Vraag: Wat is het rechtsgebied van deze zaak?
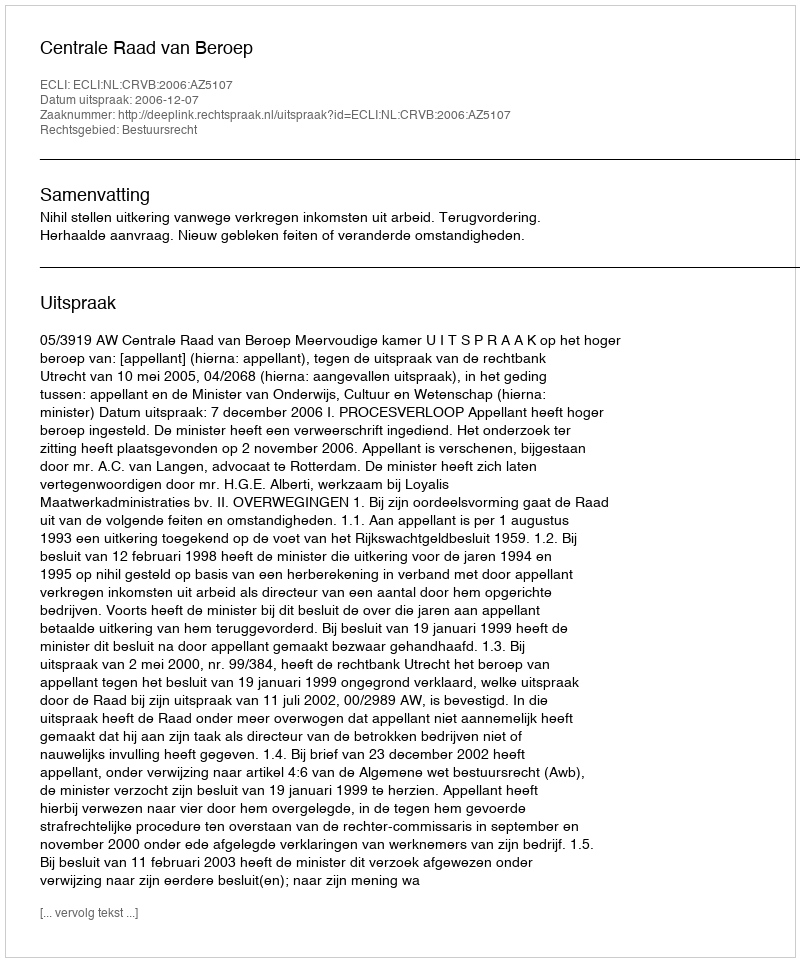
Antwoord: Bestuursrecht